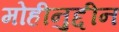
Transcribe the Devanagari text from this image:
मोहीनुद्दीन